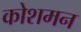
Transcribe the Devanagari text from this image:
कोशमन